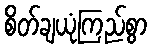
စိတ်ချယုံကြည်စွာ